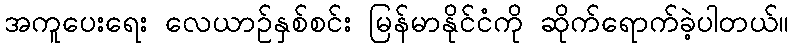
အကူပေးရေး လေယာဉ်နှစ်စင်း မြန်မာနိုင်ငံကို ဆိုက်ရောက်ခဲ့ပါတယ်။